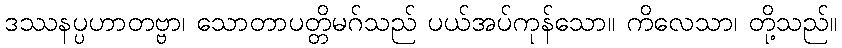
ဒဿနပ္ပဟာတဗ္ဗာ၊ သောတာပတ္တိမဂ်သည် ပယ်အပ်ကုန်သော။ ကိလေသာ၊ တို့သည်။